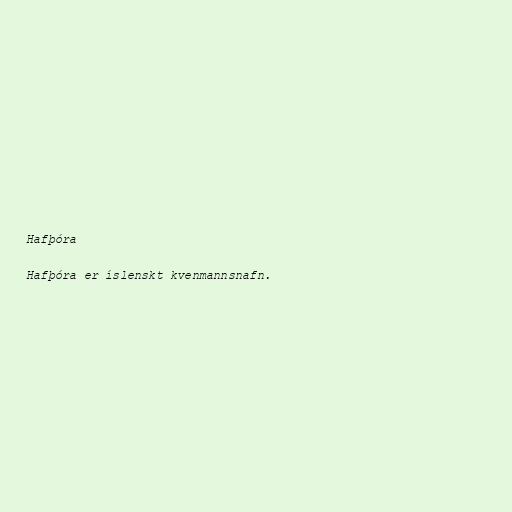
Hafþóra

Hafþóra er íslenskt kvenmannsnafn.